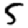
Digit: 5